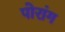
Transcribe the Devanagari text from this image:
पोरांग